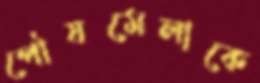
পৌষমেলাকে